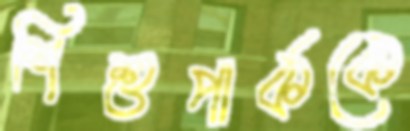
শিশুপার্ককে